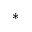
^ *